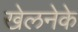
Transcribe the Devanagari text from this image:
खेलनेके